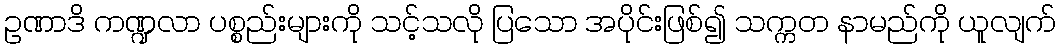
ဥဏာဒိ ကဏ္ဍလာ ပစ္စည်းများကို သင့်သလို ပြသော အပိုင်းဖြစ်၍ သက္ကတ နာမည်ကို ယူလျက်